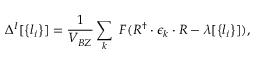
\Delta ^ { I } [ \left\{ l _ { i } \right\} ] = \frac { 1 } { V _ { B Z } } \sum _ { k } \ F ( R ^ { \dagger } \cdot \epsilon _ { k } \cdot R - \lambda [ \left\{ l _ { i } \right\} ] ) ,